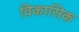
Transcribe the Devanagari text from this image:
विकासिक